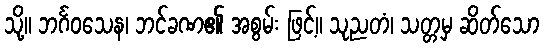
သို့။ ဘင်္ဂဝသေန၊ ဘင်ခဏ၏ အစွမ်း ဖြင့်။ သုညတံ၊ သတ္တမှ ဆိတ်သော